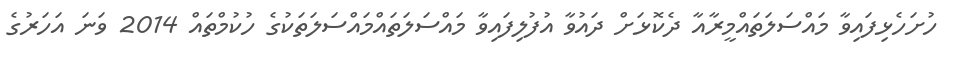
ހުށަހެޅިފައިވާ މައްސަލަތައްމީރާއާ ދެކޮޅަށް ދައުވާ އުފުލިފައިވާ މައްސަލަތައްމައްސަލަތަކުގެ ހުކުމްތައް 2014 ވަނަ އަހަރުގެ